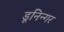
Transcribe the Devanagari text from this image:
डूनिन्गर